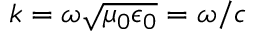
k = \omega \sqrt { \mu _ { 0 } \epsilon _ { 0 } } = \omega / c